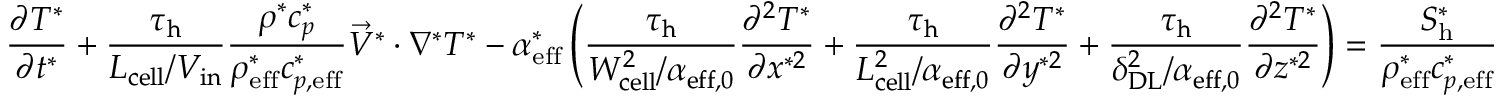
\frac { \partial T ^ { * } } { \partial t ^ { * } } + \boldsymbol { \frac { \tau _ { \mathrm { h } } } { L _ { \mathrm { c e l l } } / V _ { \mathrm { i n } } } } \frac { \rho ^ { * } c _ { p } ^ { * } } { \rho _ { \mathrm { e f f } } ^ { * } c _ { p , \mathrm { e f f } } ^ { * } } \vec { V } ^ { * } \cdot \nabla ^ { * } T ^ { * } - \alpha _ { \mathrm { { e f f } } } ^ { * } \left( \boldsymbol { \frac { \tau _ { \mathrm { h } } } { W _ { \mathrm { c e l l } } ^ { 2 } / \alpha _ { \mathrm { { e f f , 0 } } } } } \frac { \partial ^ { 2 } T ^ { * } } { \partial x ^ { * 2 } } + \boldsymbol { \frac { \tau _ { \mathrm { h } } } { L _ { \mathrm { c e l l } } ^ { 2 } / \alpha _ { \mathrm { e f f , 0 } } } } \frac { \partial ^ { 2 } T ^ { * } } { \partial y ^ { * 2 } } + \boldsymbol { \frac { \tau _ { \mathrm { h } } } { \delta _ { \mathrm { D L } } ^ { 2 } / \alpha _ { \mathrm { { e f f , 0 } } } } } \frac { \partial ^ { 2 } T ^ { * } } { \partial z ^ { * 2 } } \right) = \frac { S _ { \mathrm { h } } ^ { * } } { \rho _ { \mathrm { { e f f } } } ^ { * } c _ { p , \mathrm { e f f } } ^ { * } }